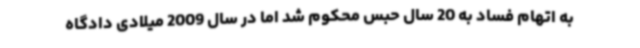
به اتهام فساد به 20 سال حبس محکوم شد اما در سال 2009 میلادی دادگاه